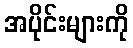
အပိုင်းများကို